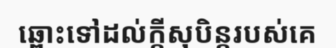
ឆ្ពោះទៅដល់ក្តីសុបិន្តរបស់គេ